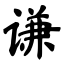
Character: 谦